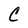
Character: C